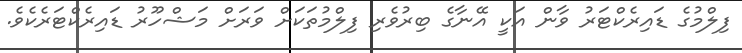
ފިލްމުގެ ޑައިރެކްޓަރު ވާން އަކީ އޭނާގެ ބިރުވެރި ފިލްމުތަކަށް ވަރަށް މަޝްހޫރު ޑައިރެކްޓަރެކެވެ.